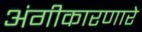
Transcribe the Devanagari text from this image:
अंगीकारणारे